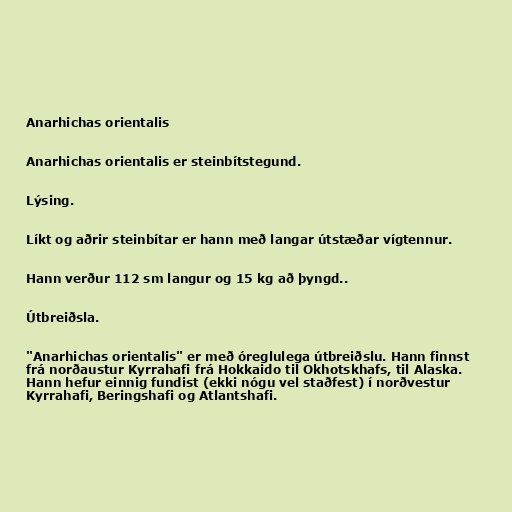
Anarhichas orientalis

Anarhichas orientalis er steinbítstegund.

Lýsing.

Líkt og aðrir steinbítar er hann með langar útstæðar vígtennur.

Hann verður 112 sm langur og 15 kg að þyngd..

Útbreiðsla.

"Anarhichas orientalis" er með óreglulega útbreiðslu. Hann finnst
frá norðaustur Kyrrahafi frá Hokkaido til Okhotskhafs, til Alaska.
Hann hefur einnig fundist (ekki nógu vel staðfest) í norðvestur
Kyrrahafi, Beringshafi og Atlantshafi.